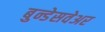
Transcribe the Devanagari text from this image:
बुन्डेसवेअर